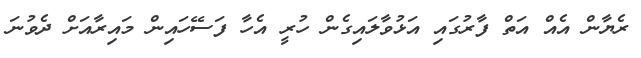
ރެޔާން އެއް އަތް ފާރުގައި އަޅުވާލައިގެން ހުރީ އެހާ ފަސޭހައިން މައިރާއަށް ދެވުނަ